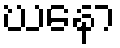
ဃနော